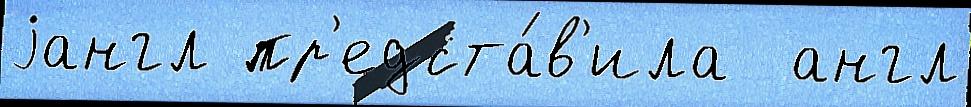
jангл пр'едста́в'ила  англ